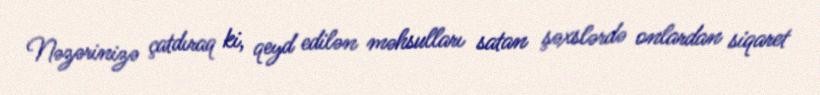
Nəzərinizə çatdıraq ki, qeyd edilən məhsulları satan şəxslərdə onlardan siqaret